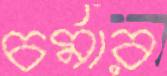
চর্মার